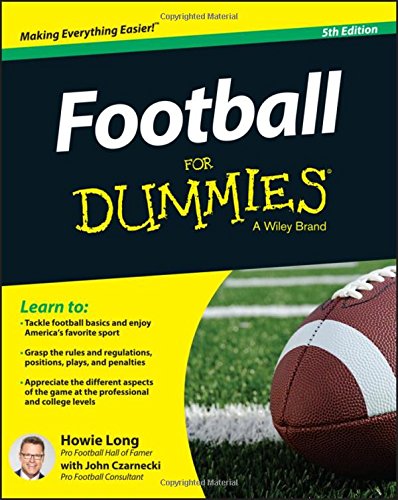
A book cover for Football For Dummies; Howie Long; Sports & Outdoors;